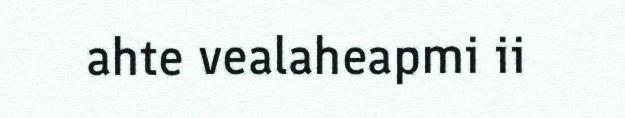
ahte vealaheapmi ii